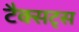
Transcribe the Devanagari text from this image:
टैक्सट्स